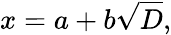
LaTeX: x=a+b{\sqrt{D}},